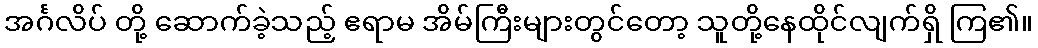
အင်္ဂလိပ် တို့ ဆောက်ခဲ့သည့် ဧရာမ အိမ်ကြီးများတွင်တော့ သူတို့နေထိုင်လျက်ရှိ ကြ၏။